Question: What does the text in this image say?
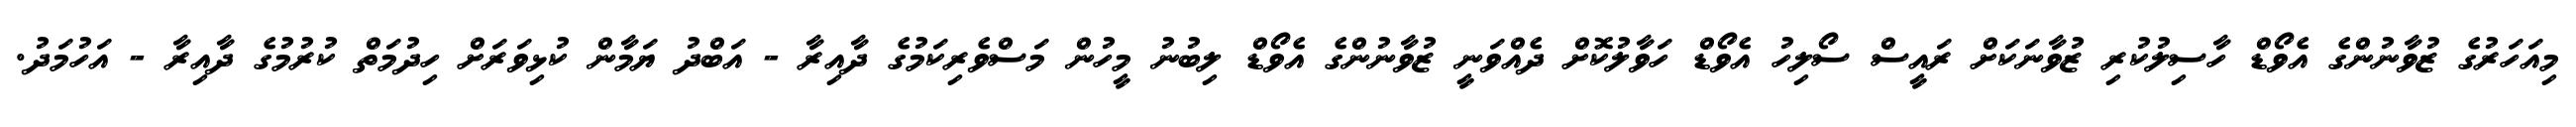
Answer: މިއަހަރުގެ ޒުވާނުންގެ އެވޯޑް ހާސިލުކުރި ޒުވާނަކަށް ރައީސް ސޯލިހު އެވޯޑް ހަވާލުކޮށް ދެއްވަނީ ޒުވާނުންގެ އެވޯޑް ލިބުނު މީހުން މަސްވެރިކަމުގެ ދާއިރާ - އަބްދު ޔަމާން ކުޅިވަރަށް ހިދުމަތް ކުރުމުގެ ދާއިރާ - އަހުމަދު.